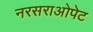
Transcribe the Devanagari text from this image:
नरसराओपेट